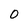
Character: 0